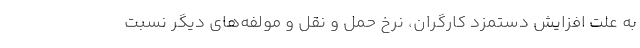
به علت افزایش دستمزد کارگران، نرخ حمل و نقل و مولفه‌های دیگر نسبت